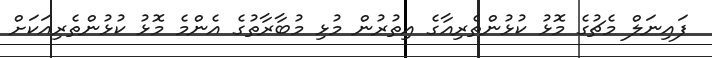
ފައިނަލް މެޗުގެ މޮޅު ކުޅުންތެރިއާގެ އިތުރުން މުޅި މުބާރާތުގެ އެންމެ މޮޅު ކުޅުންތެރިއަކަށް